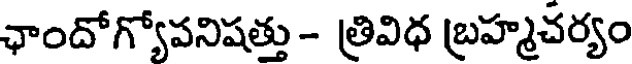
ఛాందోగ్యోపనిషత్తు - త్రివిధ బ్రహ్మచర్యం